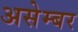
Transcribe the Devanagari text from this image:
असेम्बर